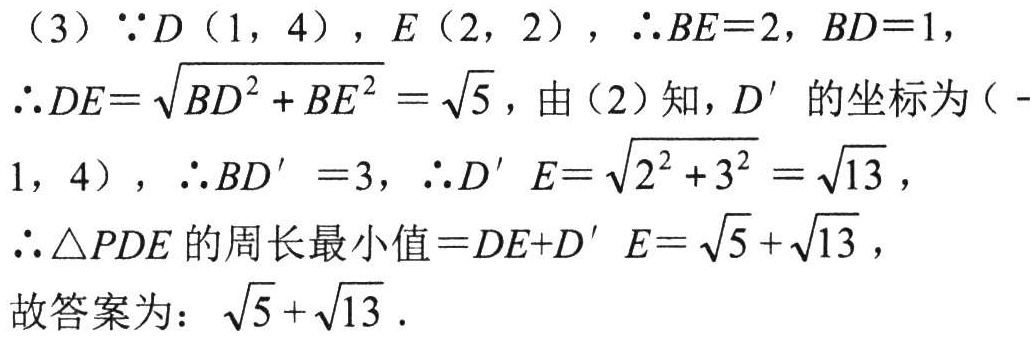
（3）\(\because D(1,4)\)，\(E(2,2)\)，\(\therefore BE = 2\)，\(BD = 1\)，
\(\therefore DE=\sqrt{BD^{2}+BE^{2}}=\sqrt{5}\)，由（2）知，\(D'\)的坐标为\((-1,4)\)，\(\therefore BD' = 3\)，\(\therefore D'E=\sqrt{2^{2}+3^{2}}=\sqrt{13}\)，
\(\therefore\triangle PDE\)的周长最小值\(=DE + D'E=\sqrt{5}+\sqrt{13}\)，
故答案为：\(\sqrt{5}+\sqrt{13}\).